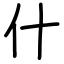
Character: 什